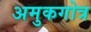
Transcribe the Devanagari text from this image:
अमुकगोत्र